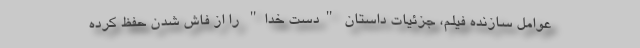
عوامل سازنده فیلم، جزئیات داستان "دست خدا" را از فاش شدن حفظ کرده